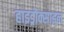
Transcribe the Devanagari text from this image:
हाइड्रोक्साइल